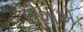
દીશાએ